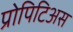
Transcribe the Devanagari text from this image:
प्रोपिटिअस